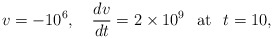
\begin{align*}v=-10^{6},\quad \frac{dv}{dt}=2\times 10^9 \hspace{3mm}\textrm{at}\hspace{3mm}t=10,\end{align*}